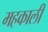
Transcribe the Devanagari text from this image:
महकाली